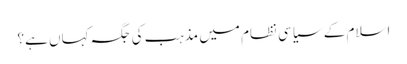
اسلام کے سیاسی نظام میں مذہب کی جگہ کہاں ہے؟